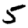
Digit: 5